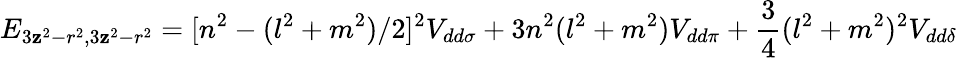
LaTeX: E_{3\mathbf{z}^{2}-r^{2},3\mathbf{z}^{2}-r^{2}}=[n^{2}-(l^{2}+m^{2})/2]^{2}V_{dd\sigma}+3n^{2}(l^{2}+m^{2})V_{dd\pi}+{\frac{{3}}{{4}}}(l^{2}+m^{2})^{2}V_{dd\delta}